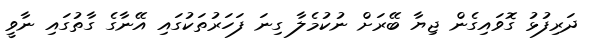
ދަރިފުޅު ގޮވައިގެން ޖިޔާ ބޭރަށް ނުކުމެލާ ގިނަ ފަހަރުތަކުގައި އޭނާގެ ގާތުގައި ނާވީ